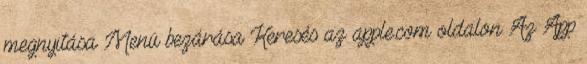
megnyitása Menü bezárása Keresés az apple.com oldalon Az App